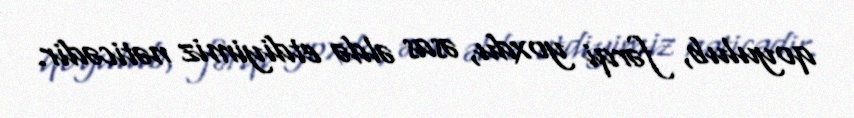
qoyulub, fərqi yoxdu, əsas əldə etdiyimiz nəticədir.